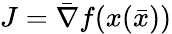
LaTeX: J={\bar{\nabla}}f(x({\bar{x}}))